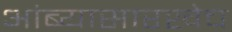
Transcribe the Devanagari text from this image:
आंब्यासारखेच